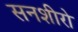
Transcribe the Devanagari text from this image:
सनशीरो